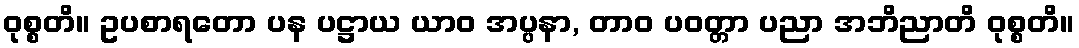
ဝုစ္စတိ။ ဥပစာရတော ပန ပဋ္ဌာယ ယာဝ အပ္ပနာ, တာဝ ပဝတ္တာ ပညာ အဘိညာတိ ဝုစ္စတိ။